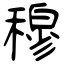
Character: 穆